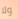
ولا